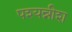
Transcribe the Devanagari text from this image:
पश्यन्नीश